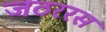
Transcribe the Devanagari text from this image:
जठररस